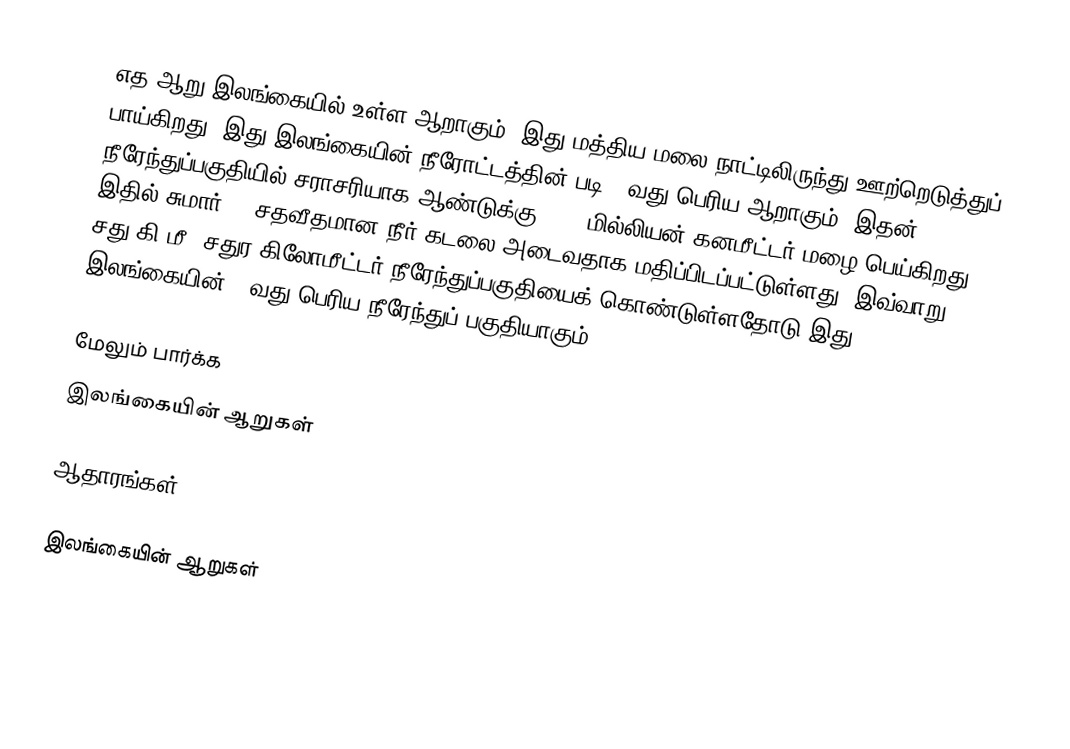
எத ஆறு இலங்கையில் உள்ள ஆறாகும். இது மத்திய மலை நாட்டிலிருந்து ஊற்றெடுத்துப் பாய்கிறது. இது இலங்கையின் நீரோட்டத்தின் படி  17வது பெரிய  ஆறாகும். இதன் நீரேந்துப்பகுதியில் சராசரியாக ஆண்டுக்கு 1139 மில்லியன் கனமீட்டர் மழை பெய்கிறது, இதில் சுமார் 26 சதவீதமான நீர் கடலை அடைவதாக மதிப்பிடப்பட்டுள்ளது. இவ்வாறு 604 சது.கி.மீ. சதுர கிலோமீட்டர் நீரேந்துப்பகுதியைக் கொண்டுள்ளதோடு இது இலங்கையின் 24வது பெரிய நீரேந்துப் பகுதியாகும்.

மேலும் பார்க்க
 இலங்கையின் ஆறுகள்

ஆதாரங்கள்

இலங்கையின் ஆறுகள்